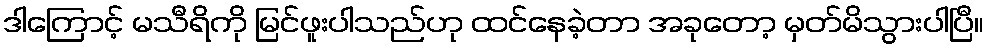
ဒါကြောင့် မသီရိကို မြင်ဖူးပါသည်ဟု ထင်နေခဲ့တာ အခုတော့ မှတ်မိသွားပါပြီ။